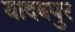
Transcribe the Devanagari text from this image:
यादबपुर